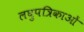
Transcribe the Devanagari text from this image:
लघुपत्रिकाओं